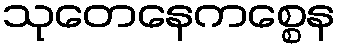
သုတေနေကစ္စေန